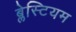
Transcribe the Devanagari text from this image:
ब्लेस्टियम